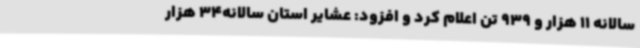
سالانه 11 هزار و 939 تن اعلام کرد و افزود: عشایر استان سالانه34 هزار